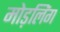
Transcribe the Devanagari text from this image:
मोड़लिंग